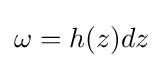
\omega =h(z)dz